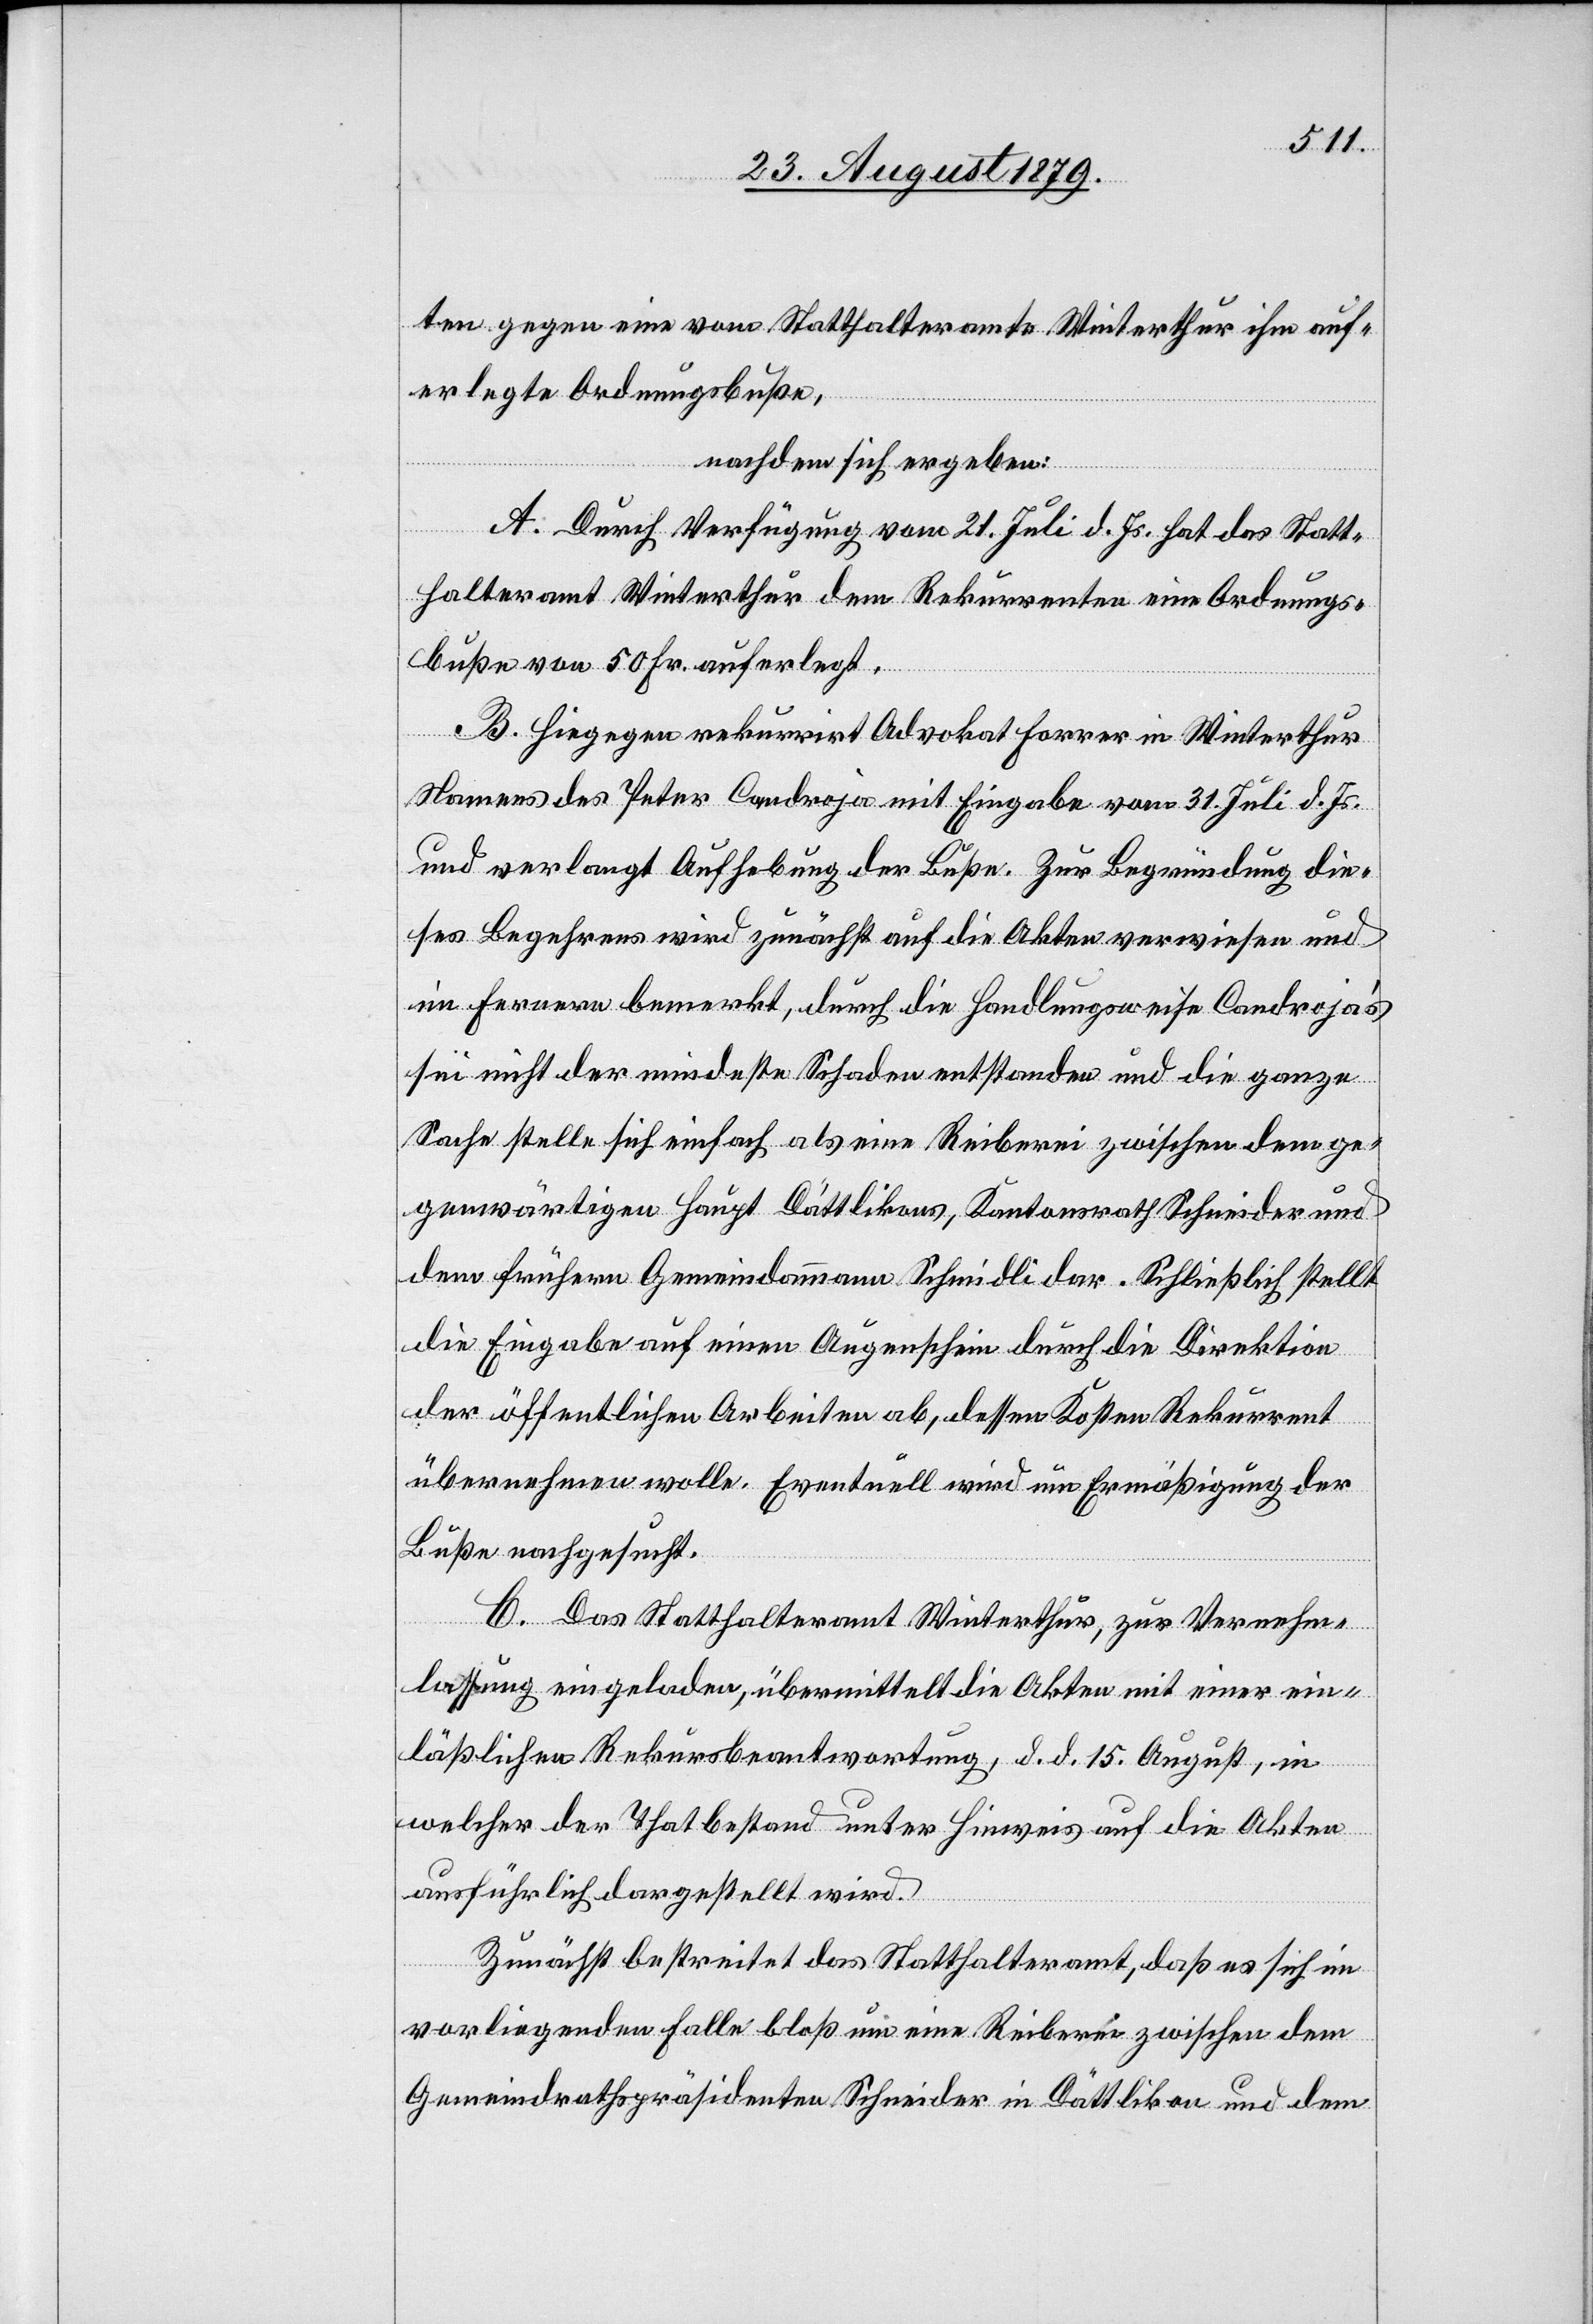
ten gegen eine vom Statthalteramte Winterthur ihm auf¬
erlegte Ordnungsbuße,
nachdem sich ergeben:
A. Durch Verfügung vom 21. Juli d. Js. hat das Statt¬
halteramt Winterthur dem Rekurrenten eine Ordnungs¬
buße von 50 Fr. auferlegt.
B. Hiegegen rekurrirt Advokat Forrer in Winterthur
Namens des Peter Candroja mit Eingabe vom 31. Juli d. Js.
und verlangt Aufhebung der Buße. Zur Begründung die¬
ses Begehrens wird zunächst auf die Akten verwiesen und
im Fernern bemerkt, durch die Handlungsweise Candroja’s
sei nicht der mindeste Schaden entstanden und die ganze
Sache stelle sich einfach als eine Reiberei zwischen dem ge¬
genwärtigen Haupt Dättlikon, Kantonsrath Schneider und
dem frühern Gemeindammann Schmidli dar. Schließlich stellt
die Eingabe auf einen Augenschein durch die Direktion
der öffentlichen Arbeiten ab, dessen Kosten Rekurrent
übernehmen wolle. Eventuell wird um Ermäßigung der
Buße nachgefragt.
C. Das Statthalteramt Winterthur, zur Vernehm¬
lassung eingeladen, übermittelt die Akten mit einer ein¬
läßlichen Rekursbeantwortung, d. d. 15. August, in
welcher der Thatbestand unter Hinweis auf die Akten
ausführlich dargestellt wird.
Zunächst bestreitet das Statthalteramt, daß es sich im
vorliegenden Falle bloß um eine Reiberei zwischen dem
Gemeindrathspräsidenten Schneider in Dättlikon und dem